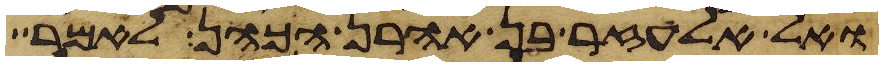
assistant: ואל אלעזר בן אהרן הכהן לאמר